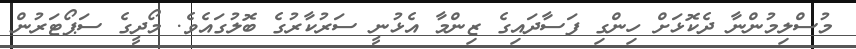
މުސްލިމުންނާ ދެކޮޅަށް ހިންގި ފަސާދައިގެ ޒިންމާ އެޅުނީ ސަރުކާރުގެ ބޮލުގައެވެ. މޯދީގެ ސަޕޯޓަރުން